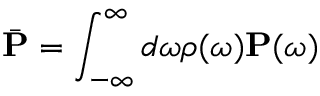
\bar { \mathbf P } = \int _ { - \infty } ^ { \infty } d \omega \rho ( \omega ) \mathbf P ( \omega )